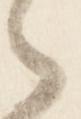
々